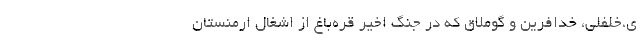
ی،خلفلی، خدافرین و گوملاق که در جنگ اخیر قره‌باغ از اشغال ارمنستان